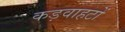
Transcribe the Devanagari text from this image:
कड़वाहटों